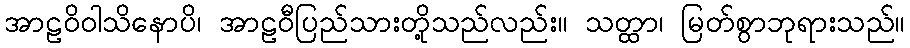
အာဠဝိဝါသိနောပိ၊ အာဠဝီပြည်သားတို့သည်လည်း။ သတ္ထာ၊ မြတ်စွာဘုရားသည်။